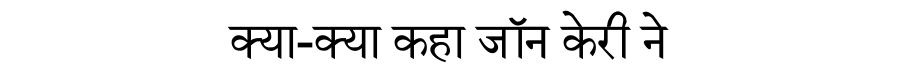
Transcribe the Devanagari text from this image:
क्या-क्या कहा जॉन केरी ने